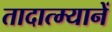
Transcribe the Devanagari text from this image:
तादात्म्यानें